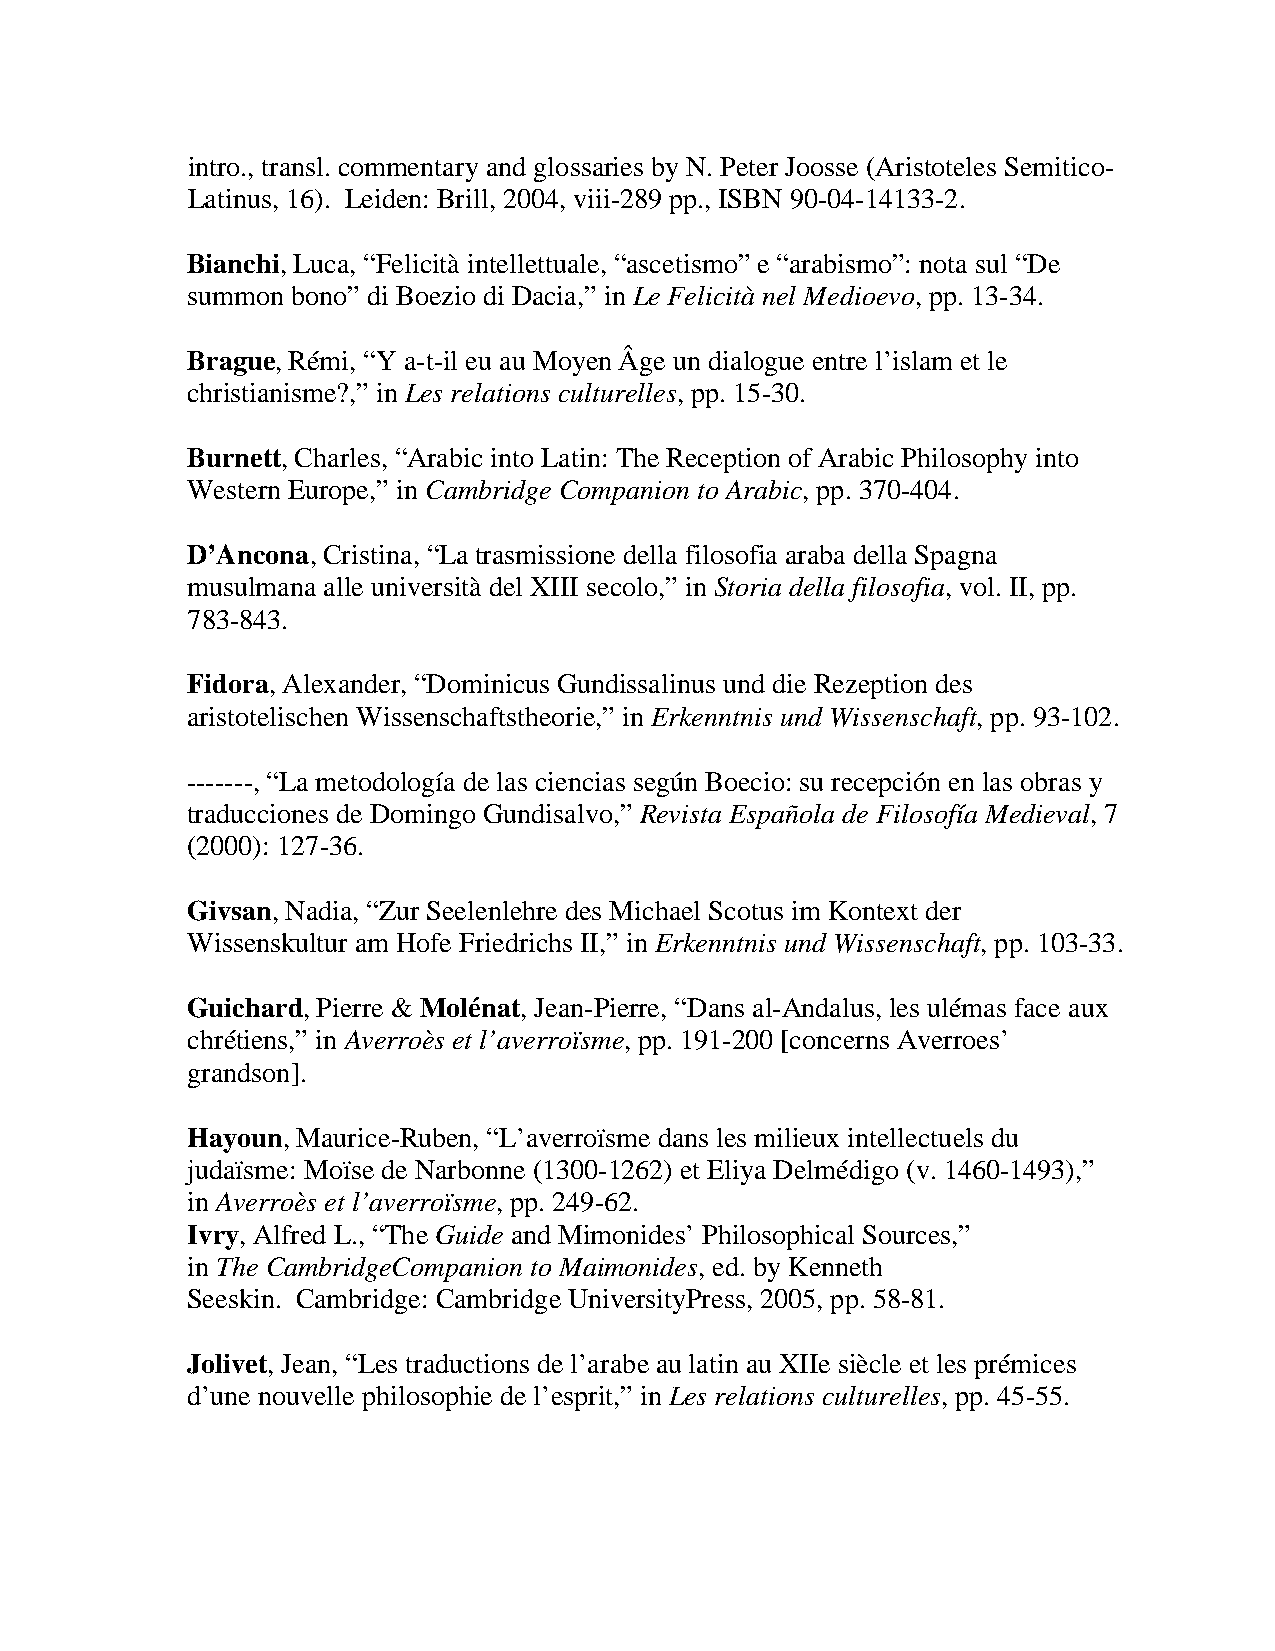
intro., transl. commentary and glossaries by N. Peter Joosse (Aristoteles Semitico-
 Latinus, 16). Leiden: Brill, 2004, viii-289 pp., ISBN 90-04-14133-2.
 Bianchi, Luca, “Felicità intellettuale, “ascetismo” e “arabismo”: nota sul “De
 summon bono” di Boezio di Dacia,” in Le Felicità nel Medioevo, pp. 13-34.
 Brague, Rémi, “Y a-t-il eu au Moyen Âge un dialogue entre l’islam et le
 christianisme?,” in Les relations culturelles, pp. 15-30.
 Burnett, Charles, “Arabic into Latin: The Reception of Arabic Philosophy into
 Western Europe,” in Cambridge Companion to Arabic, pp. 370-404.
 D’Ancona, Cristina, “La trasmissione della filosofia araba della Spagna
 musulmana alle università del XIII secolo,” in Storia della filosofia, vol. II, pp.
 783-843.
 Fidora, Alexander, “Dominicus Gundissalinus und die Rezeption des
 aristotelischen Wissenschaftstheorie,” in Erkenntnis und Wissenschaft, pp. 93-102.
 -------, “La metodología de las ciencias según Boecio: su recepción en las obras y
 traducciones de Domingo Gundisalvo,” Revista Española de Filosofía Medieval, 7
 (2000): 127-36.
 Givsan, Nadia, “Zur Seelenlehre des Michael Scotus im Kontext der
 Wissenskultur am Hofe Friedrichs II,” in Erkenntnis und Wissenschaft, pp. 103-33.
 Guichard, Pierre & Molénat, Jean-Pierre, “Dans al-Andalus, les ulémas face aux
 chrétiens,” in Averroès et l’averroïsme, pp. 191-200 [concerns Averroes’
 grandson].
 Hayoun, Maurice-Ruben, “L’averroïsme dans les milieux intellectuels du
 judaïsme: Moïse de Narbonne (1300-1262) et Eliya Delmédigo (v. 1460-1493),”
 in Averroès et l’averroïsme, pp. 249-62.
 Ivry, Alfred L., “The Guide and Mimonides’ Philosophical Sources,”
 in The CambridgeCompanion to Maimonides, ed. by Kenneth
 Seeskin. Cambridge: Cambridge UniversityPress, 2005, pp. 58-81.
 Jolivet, Jean, “Les traductions de l’arabe au latin au XIIe siècle et les prémices
 d’une nouvelle philosophie de l’esprit,” in Les relations culturelles, pp. 45-55.